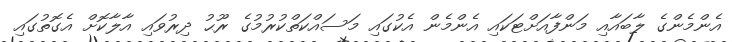
އެންމެންގެ ލާބައާއި މަންފާއަށްޓަކައި އެންމެން އެކުގައި މަސައްކަތްކުރުމުގެ ރޫޙު ދިރުވައި އާލާކޮށް އެގޮތުގައި